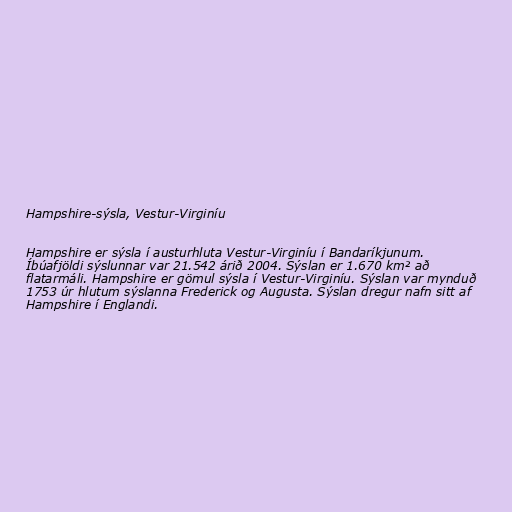
Hampshire-sýsla, Vestur-Virginíu

Hampshire er sýsla í austurhluta Vestur-Virginíu í Bandaríkjunum.
Íbúafjöldi sýslunnar var 21.542 árið 2004. Sýslan er 1.670 km² að
flatarmáli. Hampshire er gömul sýsla í Vestur-Virginíu. Sýslan var mynduð
1753 úr hlutum sýslanna Frederick og Augusta. Sýslan dregur nafn sitt af
Hampshire í Englandi.